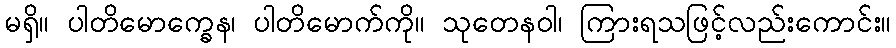
မရှိ။ ပါတိမောက္ခေန၊ ပါတိမောက်ကို။ သုတေနဝါ၊ ကြားရသဖြင့်လည်းကောင်း။